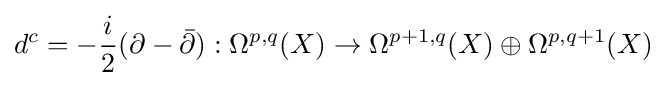
d^{c}=-{\frac {i}{2}}(\partial -{\bar {\partial }}):\Omega ^{p,q}(X)\to \Omega ^{p+1,q}(X)\oplus \Omega ^{p,q+1}(X)